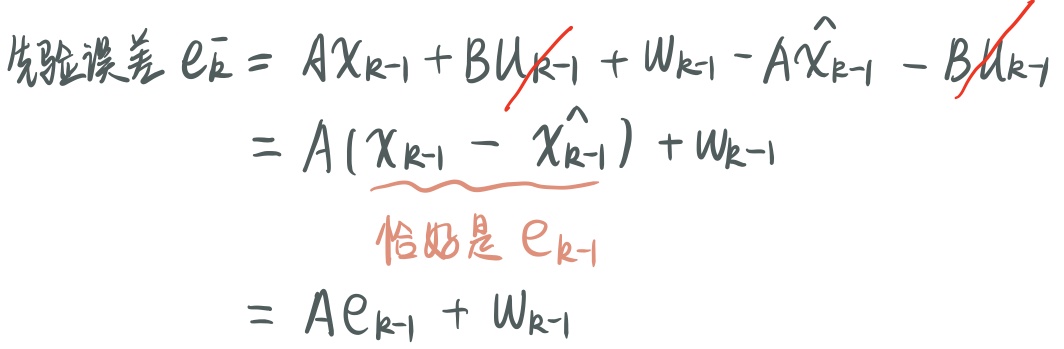
先验误差 $e_{k}^{-}=AX_{k - 1}+BU_{k - 1}+W_{k - 1}-A\hat{X}_{k - 1}-BU_{k - 1}$
\[
\begin{align*}
&=A(\underline{X_{k - 1}-\hat{X}_{k - 1}})+W_{k - 1}\\
&\text{恰好是 }e_{k - 1}\\
&=Ae_{k - 1}+W_{k - 1}
\end{align*}
\]